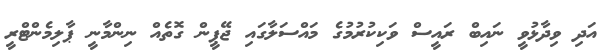
އަދި ވިދާޅުވީ ނައިބް ރައީސް ވަކިކުރުމުގެ މައްސަލާގައި ޖޭޕީން ގޮތެއް ނިންމާނީ ޕާލިމެންޓްރީ